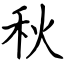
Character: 秋